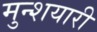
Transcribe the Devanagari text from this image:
मुन्शयारी